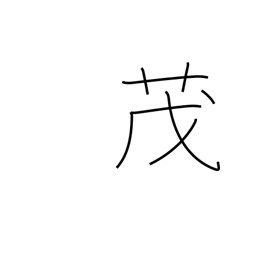
Meaning: grow thick